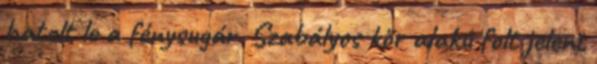
hatolt le a fénysugár. Szabályos kör alakú folt jelent